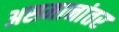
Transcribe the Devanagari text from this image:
असमानांतर